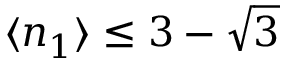
\langle n _ { 1 } \rangle \leq 3 - \sqrt { 3 }